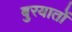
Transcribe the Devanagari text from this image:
बुरयातों